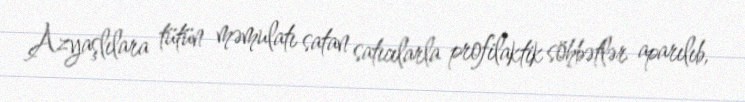
Azyaşlılara tütün məmulatı satan satıcılarla profilaktik söhbətlər aparılıb,